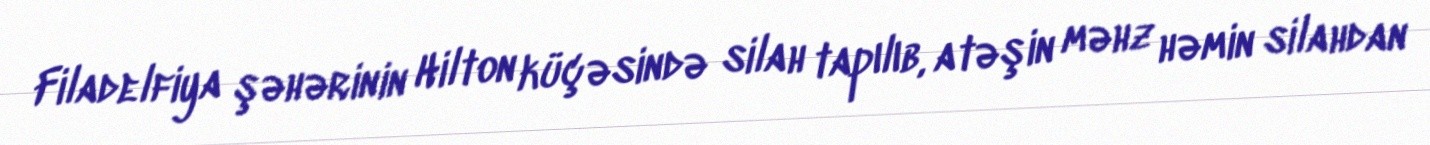
Filadelfiya şəhərinin Hilton küçəsində silah tapılıb, atəşin məhz həmin silahdan